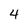
Character: 4